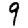
Digit: 9